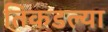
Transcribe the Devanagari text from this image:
तिकडल्या